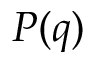
P ( q )